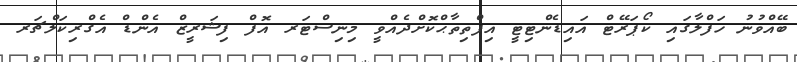
ބޭއްވުނު ހަފްލާގައި ކޯޕަރޭޓް އައިޑެންޓިޓީ އިފްތިތާޙްކޮށްދެއްވީ މިނިސްޓަރ އޮފް ފިޝަރީޒް އެންޑް އެގްރިކަލްޗަރ